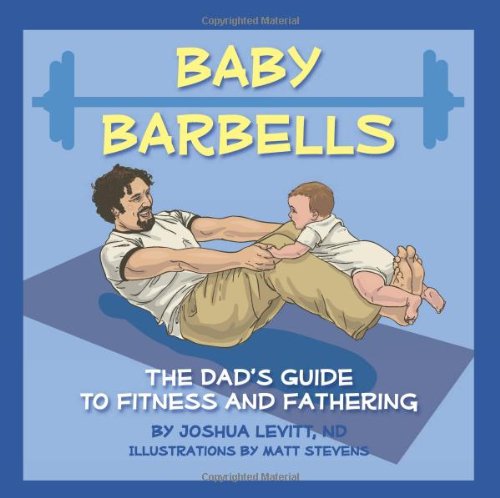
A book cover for Baby Barbells: The Dad's Guide to Fitness and Fathering; Joshua Levitt ND; Health, Fitness & Dieting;